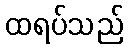
ထရပ်သည်